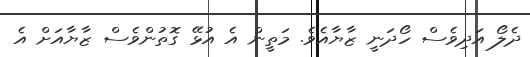
ދެލޯ އަދިވެސް ހޯދަނީ ޒާޔާއެވެ. މަތީން އެ އުޅޭ ގޮތުންވެސް ޒާޔާއަށް އެ